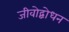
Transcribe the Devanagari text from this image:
जीवोद्बोधन